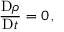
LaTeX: { \frac { \mathrm { D } \rho } { \mathrm { D } t } } = 0 \, ,